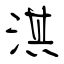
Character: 淇